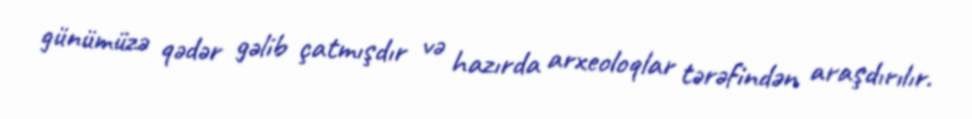
günümüzə qədər gəlib çatmışdır və hazırda arxeoloqlar tərəfindən araşdırılır.